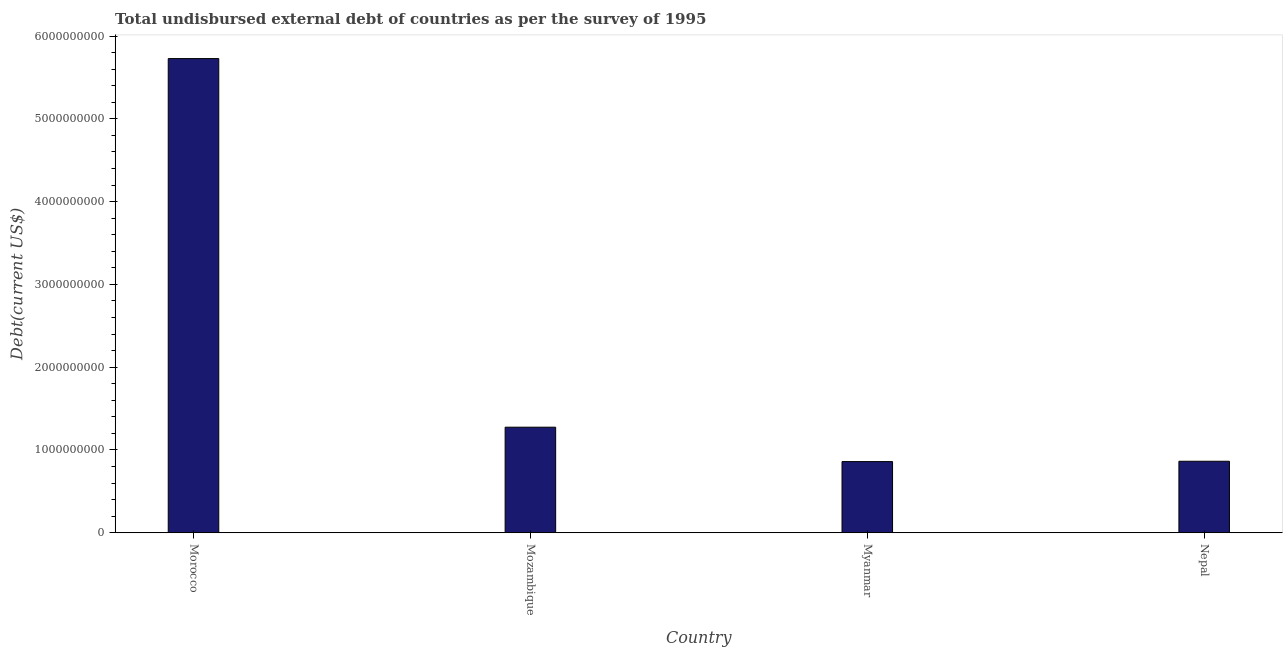
| Country | Total debt |
 | --- | --- |
 | Morocco | 5.73e+09 |
 | Mozambique | 1.27e+09 |
 | Myanmar | 8.59e+08 |
 | Nepal | 8.63e+08 |